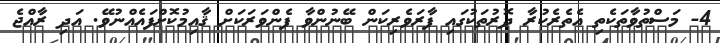
4- މަސްތުވާތަކެތި އެތެރެކުރާ ދޮރުތަކުގައި ފާރަވެރިކަން ބޭނުންވާ ފެންވަރަކަށް ޤާއިމުކޮށްފައެއްނުވޭ. އަދި ރާއްޖެ